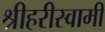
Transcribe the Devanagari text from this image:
श्रीहरीस्वामी